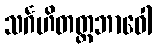
သင်္ဂဟိတတ္တဘာဝေါ